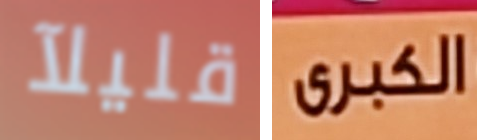
قليلآ الكبرى